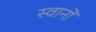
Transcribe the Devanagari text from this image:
स्वानों